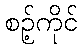
စဉ့်ကိုင်